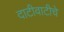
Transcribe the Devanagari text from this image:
दाटीवाटीचे